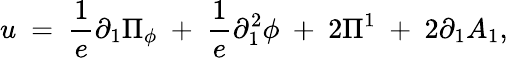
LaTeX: u~=~\frac{1}{e}\partial_{1}\Pi_{\phi}~+~\frac{1}{e}\partial_{1}^{2}\phi~+~2\Pi^{1}~+~2\partial_{1}A_{1},